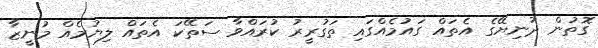
ގޮތުން ދުނިޔޭގެ އެތައް ގައުމެއްގައި ތަގުރީރު ކުރައްވާ ސަތޭކަ އެތައް ލިޔުމެއް މުނީޒާ